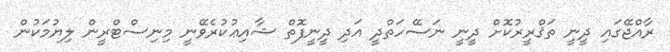
ރާއްޖޭގައި ދީނީ ތަޤްރީރުކޮށް ދީނީ ނަސޭހަތްދީ އަދި ދީނީފޮތް ޝާއިޢުކުރެވޭނީ މިނިސްޓްރީން ލިޔުމަކުން